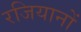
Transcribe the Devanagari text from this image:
रजियानों